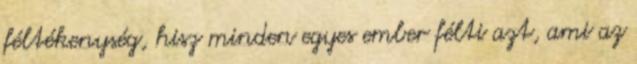
féltékenység, hisz minden egyes ember félti azt, ami az